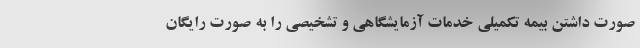
صورت داشتن بیمه تکمیلی خدمات آزمایشگاهی و تشخیصی را به صورت رایگان